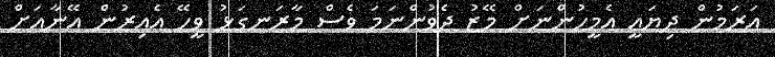
އަރަމުން ދިޔައީ އެމީހުންނަށް މޭޒު ދެވުންނަމަ ވެސް މާރަނގަޅު ވީހޭ އެއިރުން އޭނާއަށް